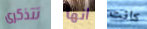
تتذكرى انها كانت